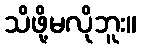
သိဖို့မလိုဘူး။